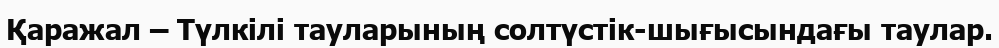
Қаражал – Түлкілі тауларының солтүстік-шығысындағы таулар.